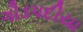
ગૌડપદીયા